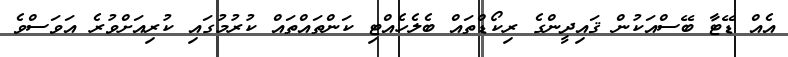
އެއް ޑޭޓާ ބޭސްއަކުން ޤައިދީންގެ ރިކޯޑްތައް ބެލެހެއްޓި ކަންތައްތައް ކުރުމުގައި ކުރިއަށްވުރެ އަވަސްވެ